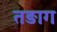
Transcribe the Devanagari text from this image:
तङाग